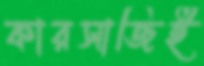
কারসাজিই